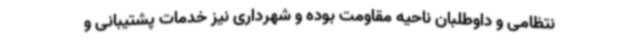
نتظامی و داوطلبان ناحیه مقاومت بوده و شهرداری نیز خدمات پشتیبانی و